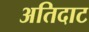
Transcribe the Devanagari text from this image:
अतिदाट